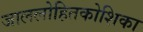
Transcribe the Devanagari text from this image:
जाललोहितकोशिका